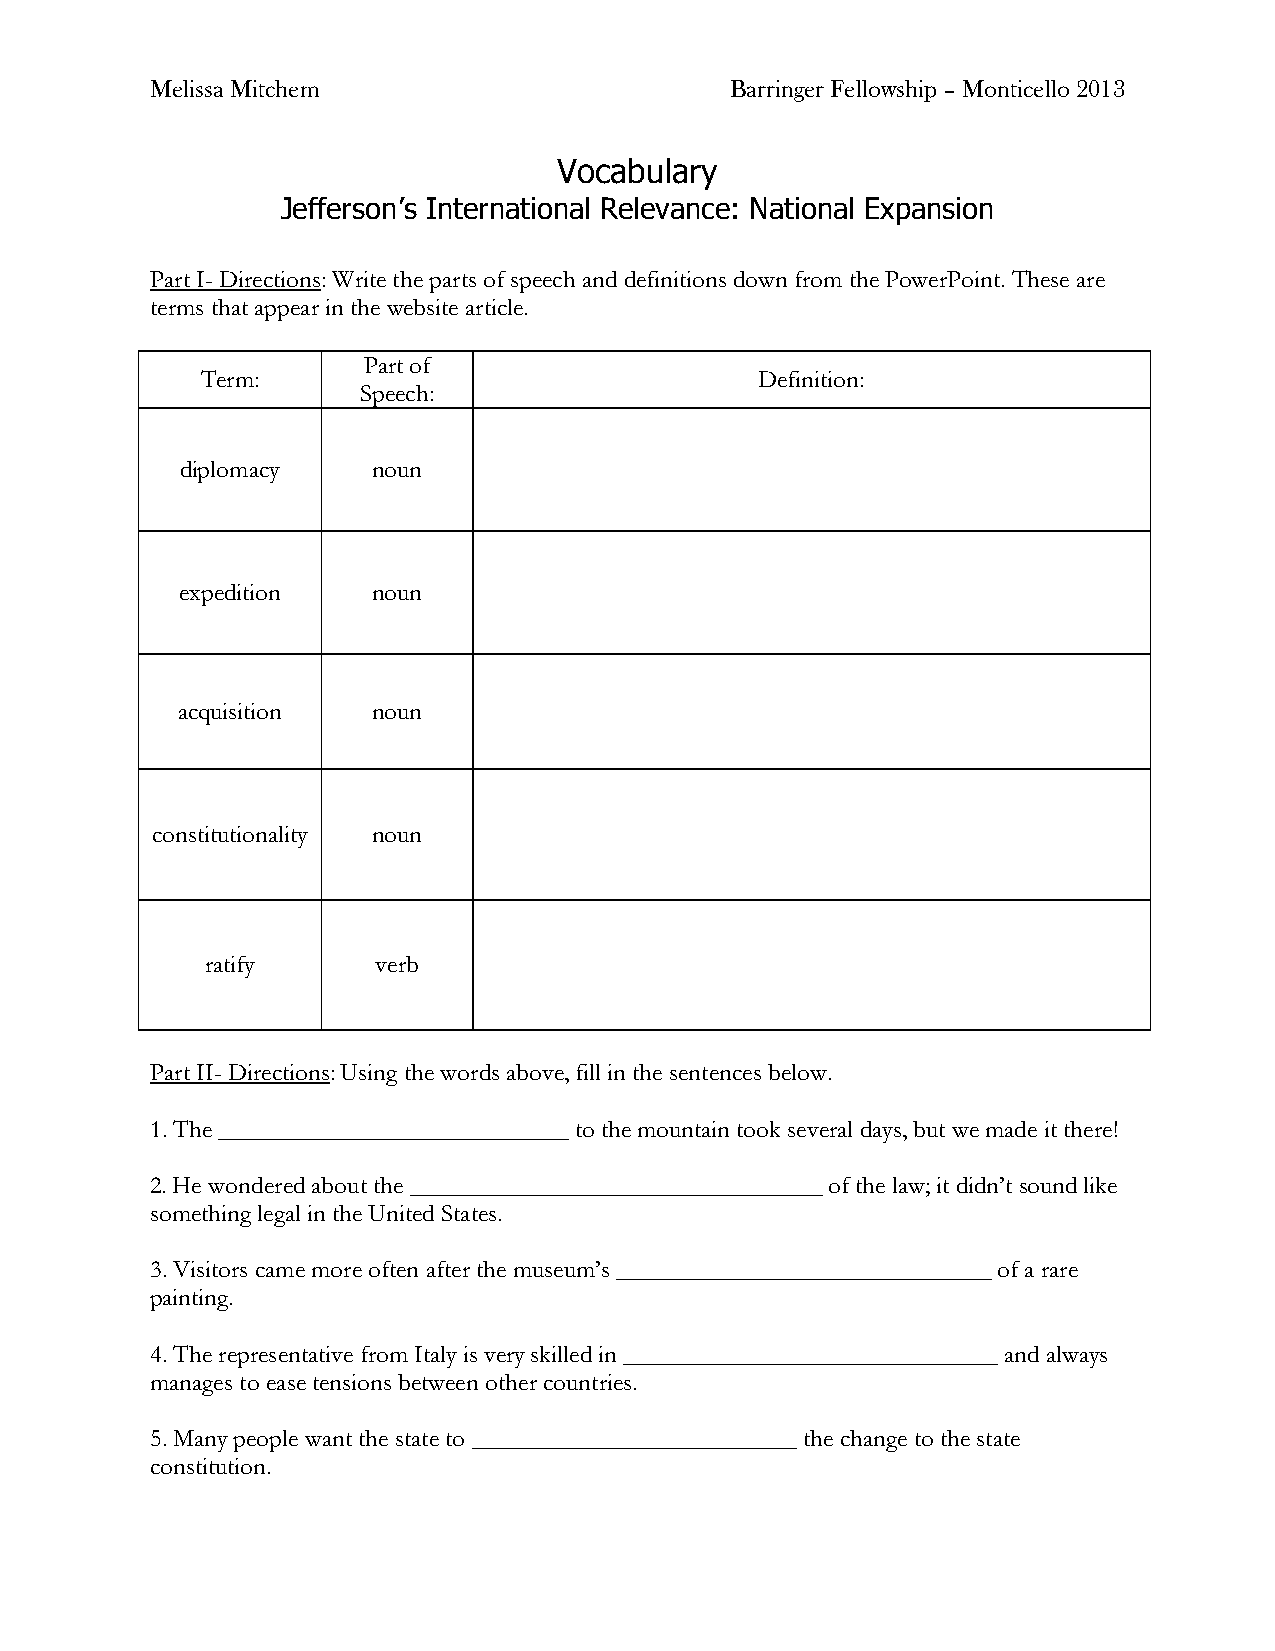
Melissa Mitchem                       Barringer Fellowship – Monticello 2013
 Vocabulary
 Jefferson’s International Relevance: National Expansion
 Part I- Directions: Write the parts of speech and definitions down from the PowerPoint. These are
 terms that appear in the website article.
 Part of
 Term:                                Definition:
 Speech:
 diplomacy    noun
 expedition   noun
 acquisition  noun
 constitutionality noun
 ratify     verb
 Part II- Directions: Using the words above, fill in the sentences below.
 1. The ____________________________ to the mountain took several days, but we made it there!
 2. He wondered about the _________________________________ of the law; it didn’t sound like
 something legal in the United States.
 3. Visitors came more often after the museum’s ______________________________ of a rare
 painting.
 4. The representative from Italy is very skilled in ______________________________ and always
 manages to ease tensions between other countries.
 5. Many people want the state to __________________________ the change to the state
 constitution.